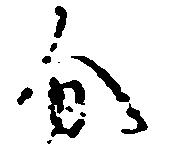
分